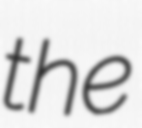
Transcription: the